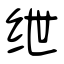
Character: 绁